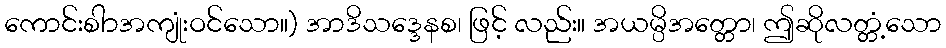
ကောင်းစါာအကျုံးဝင်သော။) အာဒိသဒ္ဒေနစ၊ ဖြင့် လည်း။ အယမ္ပိအတ္တော၊ ဤဆိုလတ္တံ့သော